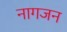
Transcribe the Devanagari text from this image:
नागजन